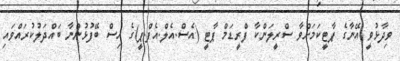
ވިދާޅުވީ އޭނާގެ ޕާޓީކަމަށްވާ ސްރީލަންކާ ފްރީޑަމް ޕާޓީ (އެސް.އެލް.އެފް.ޕީ)ގެ އިސް ބޭފުޅުންނާ ބައްދަލުކުރައްވައި